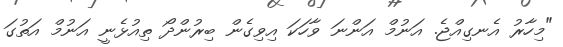
"މިހާރު އެނގިއްޖެ. އަނުމް އަންނަ ވާހަކަ އިވިގެން ބިރުންދޯ ތިއުޅެނީ އަނުމް އަތުގަ